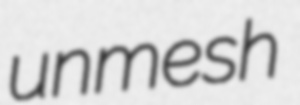
unmesh